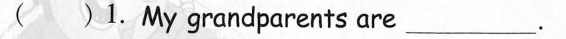
( )1.My grandparents are ___